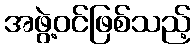
အဖွဲ့ဝင်ဖြစ်သည့်